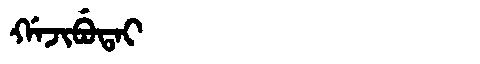
Manchu: ᡤᠠᠵᡳᠪᡠᡨᠠᡳ
Romanization: GAJIBUTAI